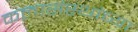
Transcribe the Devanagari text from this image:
कलासंस्थांच्या